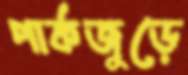
পার্কজুড়ে